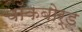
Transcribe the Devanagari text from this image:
चॉकबोर्ड